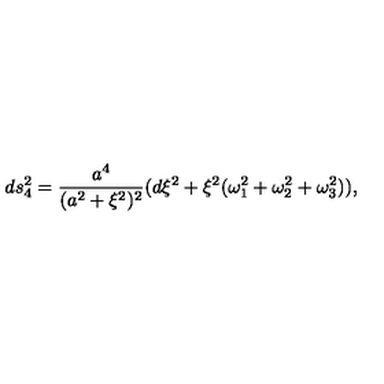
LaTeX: d s _ { 4 } ^ { 2 } = \frac { a ^ { 4 } } { ( a ^ { 2 } + \xi ^ { 2 } ) ^ { 2 } } ( d \xi ^ { 2 } + \xi ^ { 2 } ( \omega _ { 1 } ^ { 2 } + \omega _ { 2 } ^ { 2 } + \omega _ { 3 } ^ { 2 } ) ) ,